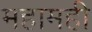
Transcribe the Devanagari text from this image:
महामही